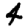
Digit: 4